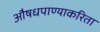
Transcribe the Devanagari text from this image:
औषधपाण्याकरिता